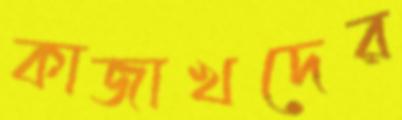
কাজাখদের